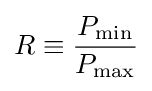
R\equiv {P_{\text{min}} \over P_{\text{max}}}